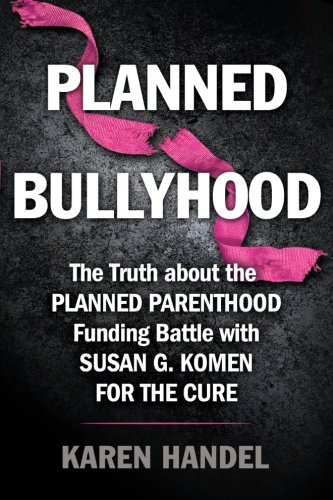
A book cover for Planned Bullyhood: The Truth Behind the Headlines about the Planned Parenthood Funding Battle with Susan G. Komen for the Cure; Karen Handel; Politics & Social Sciences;